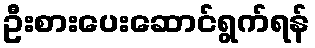
ဦးစားပေးဆောင်ရွက်ရန်